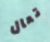
تعال